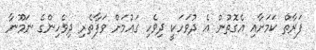
ފަރާތް ކަމަށާއި އެގޮތުން އެ ދުވަހަކީ ދިވެހި ގައުމަށް ވަފާތެރި ދިވެހިންގެ ނަމޫނާ